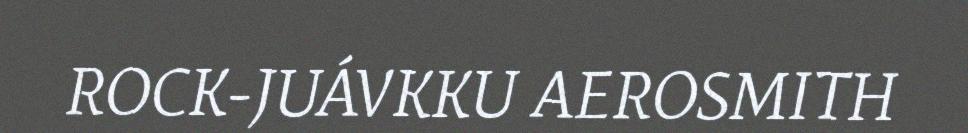
ROCK-JUÁVKKU AEROSMITH